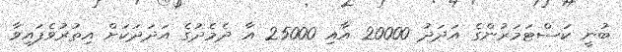
ބުނީ ކަސްޓަމަރުންގެ އަދަދު 20000 އާއި 25000 އާ ދެމެދުގެ އަދަދަކަށް އިތުރުވެފައިވާ